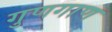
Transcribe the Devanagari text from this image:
गुणगाण